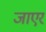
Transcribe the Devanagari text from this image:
जाएर